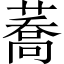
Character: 蕎